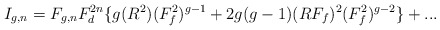
\begin{align*}I_{g,n} = F_{g,n}F_d^{2n}\{g(R^2)(F_f^2)^{g-1} + 2g(g-1)(RF_f)^2(F_f^2)^{g-2}\}+...\end{align*}